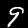
Label: 9